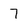
Character: 7